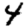
Digit: 4